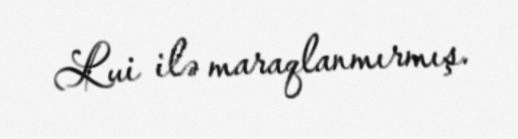
Lui ilə maraqlanmırmış.